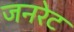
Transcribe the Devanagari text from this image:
जनरेट